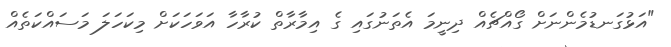
"އަޅުގަނޑުމެންނަށް ގޯއްޗެއް ދިނީމަ އެތަނުގައި ގެ އިމާރާތް ކުރާހާ އަވަހަކަށް މިކަހަލަ މަސައްކަތެއް